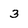
Character: 3